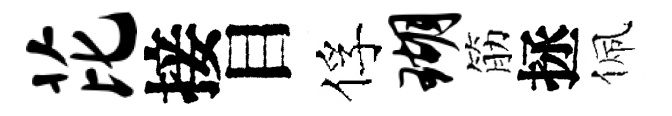
芘接目俘瑚筋拯佩